Indian journal of veterinary science and animal husbandry - Volume 5,
Year: 1935
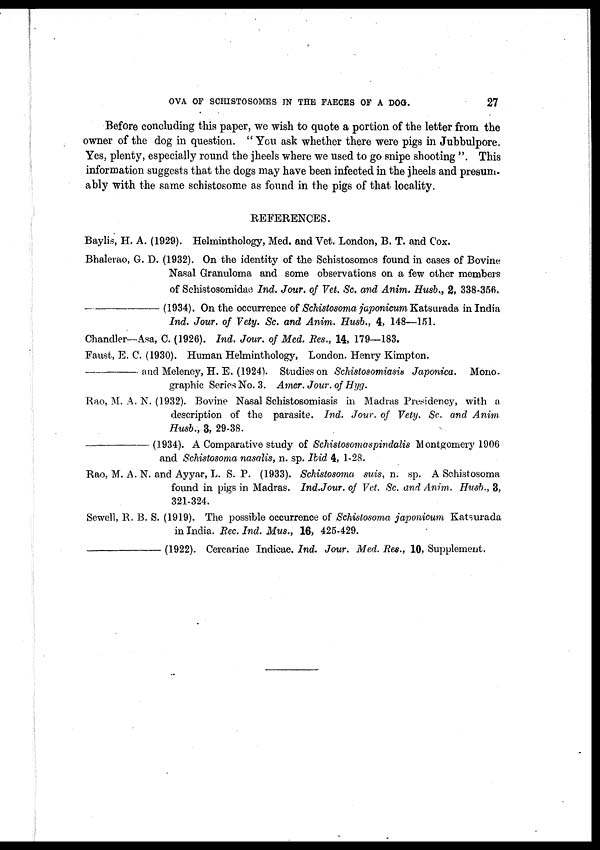
OVA OF SCHISTOSOMES IN THE FAECES OF A DOG.
27
Before concluding this paper, we wish to quote a portion of the letter from the
owner of the dog in question. " You ask whether there were pigs in Jubbulpore.
Yes, plenty, especially round the jheels where we used to go snipe shooting ". This
information suggests that the dogs may have been infected in the jheels and presum.
ably with the same schistosome as found in the pigs of that locality.
REFERENCES.
Baylis, H. A. (1929). Helminthology, Med. and Vet. London, B. T. and Cox.
Bhalerao, G. D. (1932). On the identity of the Schistosomes found in cases of Bovine
Nasal Granuloma and some observations on a few other members
of Schistosomidae Ind. Jour. of Vet. Sc. and Anim. Husb., 2, 338-356.
(1934). On the occurrence of Schistosoma japonicum Katsurada in India
Ind. Jour. of Vety. Sc. and Anim. Husb., 4, 148—151.
Chandler—Asa, C. (1926). Ind. Jour. of Med. Res., 14, 179—183.
Faust, E. C. (1930). Human Helminthology, London. Henry Kimpton.
—and
Melency, H. E. (1924V Studies on Schistosomiasis Japonica. Mono-
graphic Series No. 3. Amer. Jour. of Hyg.
Rao, M. A. N. (1932). Bovine Nasal Schistosomiasis in Madras Presidency, with a
description of the parasite. Ind. Jour, of Vety. Sc. and Anim
Husb., 3, 29-38.
(1934). A Comparative study of Schistosomaspindalis Montgomery 1906
and Schistosoma nasalis, n. sp. Ibid 4, 1-28.
Rao, M. A. N. and Ayyar, L. S. P. (1933). Schistosoma suis, n. sp. A Schistosoma
found in pigs in Madras. Ind.Jour. of Vet. Sc. and Anim. Husb., 3,
321-324.
Sewell, R. B. S. (1919). The possible occurrence of Schistosoma japonicum Katsurada
in India. Rec. Ind. Mus., 16, 425-429.
(1922). Cercariae Indicae. Ind. Jour. Med. Res., 10, Supplement.